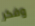
وفكر